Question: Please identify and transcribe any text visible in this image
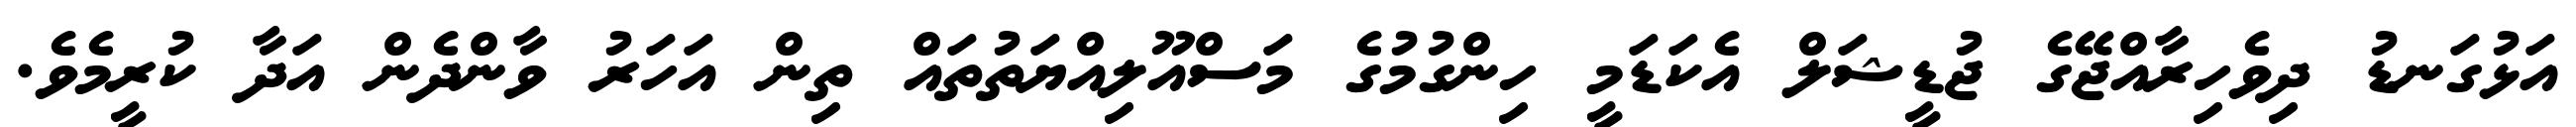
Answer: އަޅުގަނޑު ދިވެހިރާއްޖޭގެ ޖުޑީޝަލް އެކަޑަމީ ހިންގުމުގެ މަސްއޫލިއްޔަތުތައް ތިން އަހަރު ވާންދެން އަދާ ކުރީމެވެ.